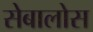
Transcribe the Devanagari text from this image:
सेबालोस